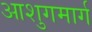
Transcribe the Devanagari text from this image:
आशुगमार्ग